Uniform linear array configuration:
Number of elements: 16
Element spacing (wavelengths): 0.75
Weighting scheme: hamming
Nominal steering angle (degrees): -15
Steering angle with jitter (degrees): -16.042
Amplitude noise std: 0.05
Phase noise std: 0.05

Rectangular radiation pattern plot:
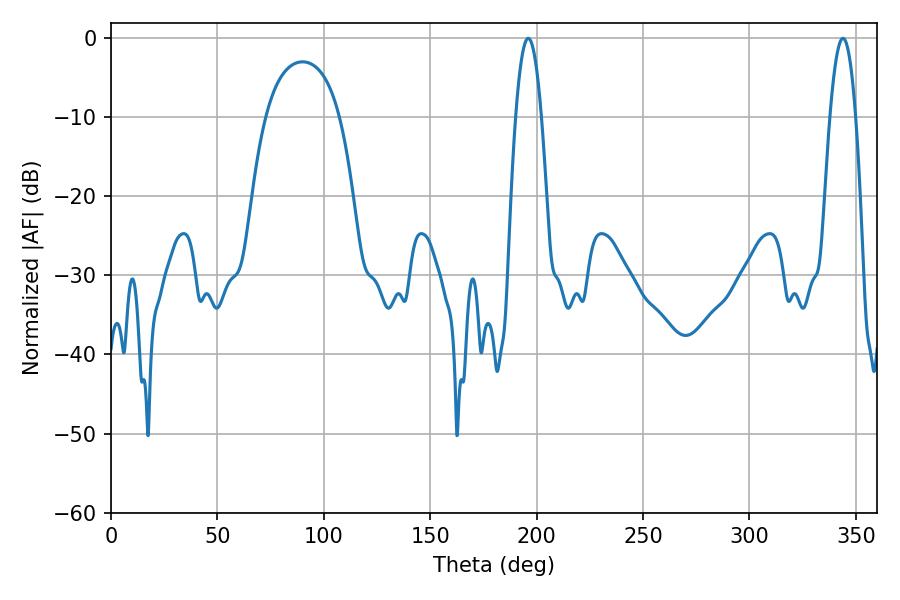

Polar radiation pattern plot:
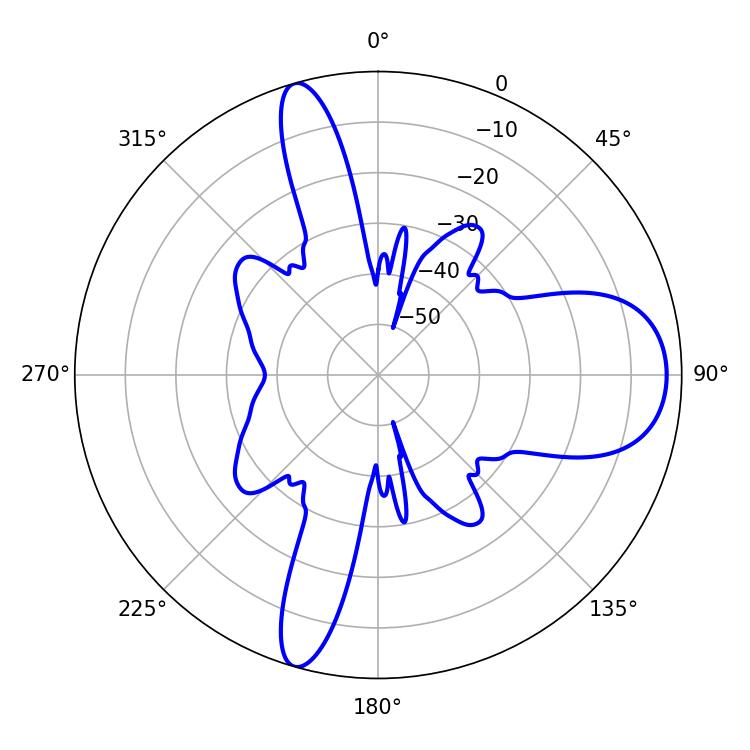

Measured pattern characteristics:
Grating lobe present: TRUE
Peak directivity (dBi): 11.362
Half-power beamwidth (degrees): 6.66
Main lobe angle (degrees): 196.02